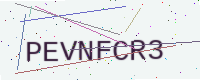
Text: PEVNFCR3